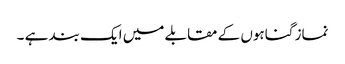
نماز گناہوں کے مقابلے میں ایک بند ہے ۔